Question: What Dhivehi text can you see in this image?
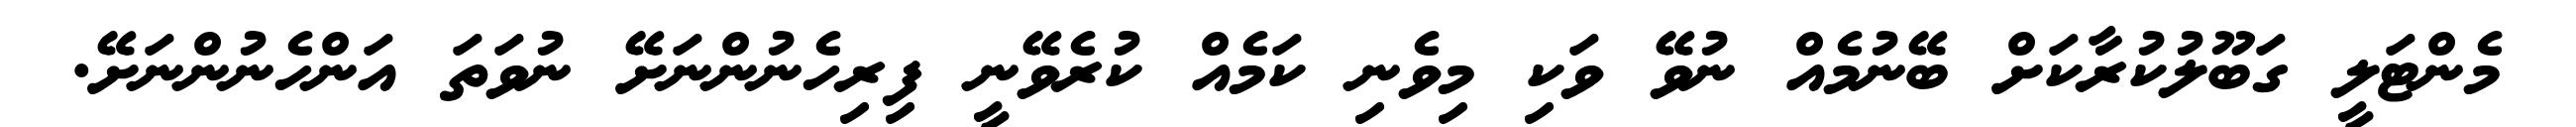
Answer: މެންޓަލީ ގަބޫލުކުރާކަށް ބޭނުމެއް ނުވޭ ވަކި މިވެނި ކަމެއް ކުރެވޭނީ ފިރިހެނުންނަށޭ ނުވަތަ އަންހެނުންނަށޭ.